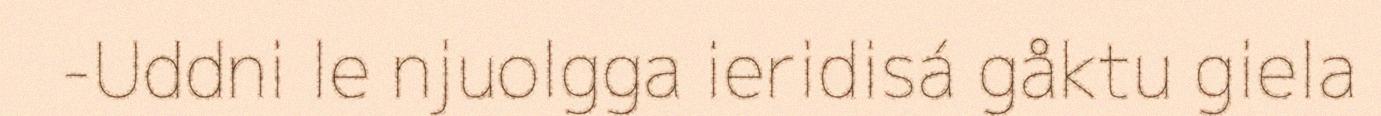
-Uddni le njuolgga ieridisá gåktu giela